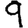
Digit: 9